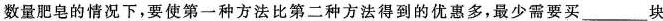
数量肥皂的情况下，要使第一种方法比第二种方法得到的优惠多，最少需要买____块